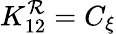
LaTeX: K_{12}^{\mathcal{R}}=C_{\xi}